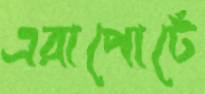
এরাপোর্টে